Civil Veterinary Department. Madras. Admin. report 1910-25 - 1910-1925
Year: 1910
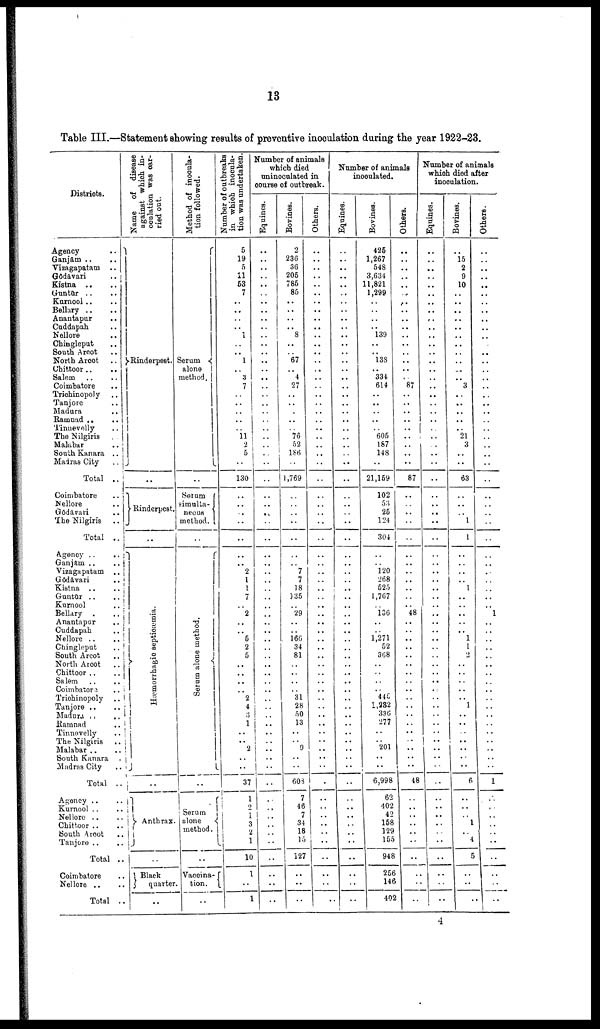
13
Table III.—Statement showing results of preventive inoculation during the year 1922-23.
Districts.
Agency ..
Ganjām ..
..
Vizagapatam ..
Gōdāvari
..
Kistna .. ..
Guntūr .. ..
Kurnool
Bellary .. ..
Anantapur ..
Cuddapah ..
Nellore ..
Chingleput ..
South Arcot ..
North Arcot ..
Chittoor .. ..
Salem
Coimbatore ..
Trichinopoly ..
Tanjore ..
Madura
..
Ramnad ..
..
Tinnevelly
..
The Nilgiris
Malabar
..
South Kanara ..
Madras City
..
Total ..
Coimbatore
..
Nellore
..
Gōdāvari ..
The Nilgiris
..
Total ..
Agency ..
..
Ganjām ..
..
Vizagapatam ..
Gōdāvari ..
Kistna ..
..
Guntūr ..
..
Kurnool
..
Bellary .
..
Anantapur
..
Cuddapah
..
Nellore ..
..
Chingleput
..
South Arcot
..
North Arcot
..
Chittoor ..
..
Salem
Coimbatore
..
Trichinopoly
..
Tanjore .. ..
Madura
..
..
Ramnad ..
Tinnevelly ..
The Nilgiris ..
Malabar .. ..
South Kanara ..
Madras City ..
Total ..
Agency .. ..
Kurnool .. ..
Nellore .. ..
Chittoor .. ..
South Arcot ..
Tanjore .. ..
Total ..
Coimbatore ..
Nellore .. ..
Total ..
Name
of disease
against which in-
oculation
was car-
ried out.
Rinderpest.
..
Rinderpest.
..
Hæmorrhagic septioætmia.
..
Anthrax.
Black
quarter
..
Method of inocula-
tion followed.
Serum
alone
method.
Serum
simulta-
neous
method.
Se r
um a l
one me t
hod
..
Serum
alone
method.
..
Vaccina-
tion.
..
Number of outbreaks
in which inocula
tion was undertaken.
5
19
5
11
63
7
..
..
..
..
1
..
.. 1
.. 3
7
..
..
..
..
..
11
2
5
..
130
..
..
..
..
.. 2
1
1
7
2
..
..
6
2
5
..
..
..
2
4
3
1
..
2
..
37
1
2
1
10
1
..
1
Number of animals
which died
uninoculated in
course of outbreak.
Equines.
..
...
...
..
..
..
..
..
..
..
..
..
..
..
....
....
...
..
..
..
..
..
..
..
..
..
..
..
..
..
..
..
..
..
..
..
..
..
..
..
..
..
..
i
..
..
..
..
Bovines.
2
236
36
206
786
8ft
..
..
..
8
..
..
67
4
27
..
..
..
..
..
76
52
186
1,769
..
..
..
..
..
7
7
18
135
29
..
166
34
81
..
..
31
28
50
13
9
..
60S
7
46
7
34
18
15
127
..
..
Others.
..
..
..
..
..
..
..
..
..
..
..
..
..
..
..
..
..
..
..
..
..
..
..
..
..
..
..
..
..
..
..
..
..
..
..
..
..
..
..
..
..
..
Number of animals
inoculated.
Equines.
..
..
..
..
..
..
..
..
..
..
..
..
..
..
..
..
..
..
..
..
..
..
..
..
..
..
..
..
..
..
..
..
..
..
..
..
..
..
..
..
..
..
..
..
..
..
Bovines.
426
1,267
548
3,634
11,821
1,299
..
..
139
..
.. 138
. 334
614
..
..
..
..
..
605
187
148
21,169
102
53
25
124
304
..
120
268
525
1,767
136
..
..
1,271
52
308
445
1,232
336
277
201
..
6,998
62
402
42
168
129
155
948
266
146
402
Others.
..
..
..
..
..
..
..
..
..
..
..
..
.
87
..
..
..
..
..
..
..
87
..
..
..
..
..
..
..
..
..
..
48
..
..
..
..
..
48
..
..
..
..
Number of animals
whic died after
inoculation.
Equines.
..
..
..
..
..
..
..
..
..
..
..
..
..
..
..
..
..
..
..
..
..
..
..
..
::
..
..
..
..
..
..
..
..
..
..
..
..
..
..
..
..
..
..
..
..
Bovines.
..
15
2
9
10
..
..
..
..
..
..
..
..
..
..
..
3
..
..
..
..
21
3
..
..
63
..
..
1
1
..
..
..
..
1
..
..
..
..
1
1
2
..
..
..
..
..
1
..
..
..
..
..
..
..
6
..
..
..
..
4
5
Others.
..
..
..
..
..
..
....
..
..
..
..
..
..
..
..
..
..
..
..
..
..
..
..
..
..
..
..
..
..
..
..
..
..
..
..
..
..
1
..
..
..
..
..
..
..
..
1
..
..
..
..
4